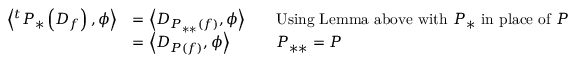
{ \begin{array} { r l r l } { \left\langle ^ { t } P _ { * } \left( D _ { f } \right) , \phi \right\rangle } & { = \left\langle D _ { P _ { * * } ( f ) } , \phi \right\rangle } & & { { \mathrm { U s i n g ~ L e m m a ~ a b o v e ~ w i t h ~ } } P _ { * } { \mathrm { ~ i n ~ p l a c e ~ o f ~ } } P } \\ & { = \left\langle D _ { P ( f ) } , \phi \right\rangle } & & { P _ { * * } = P } \end{array} }